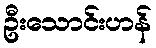
ဦးသောင်းဟန်